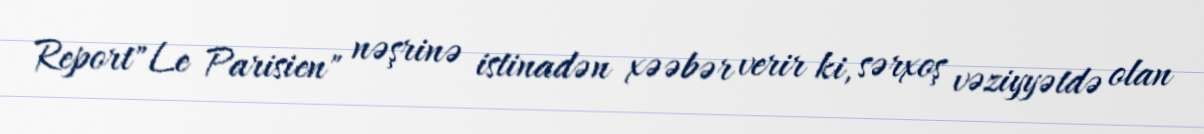
Report"Le Parisien" nəşrinə istinadən xəəbər verir ki, sərxoş vəziyyətdə olan